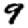
Digit: 9